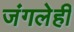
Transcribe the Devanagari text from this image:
जंगलेही